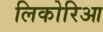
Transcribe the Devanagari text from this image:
लिकोरिआ